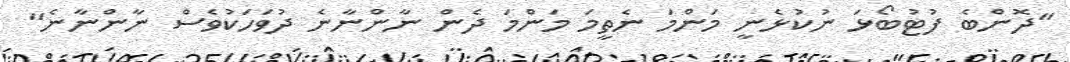
"ދޮންބެ ފުޓުބޯޅަ ނުކުޅެނީ މަންމަ ނެތީމަ މަންމަ ދެން ނާންނާނެ ދުވަހަކުވެސް ނާންނާނެ"